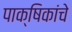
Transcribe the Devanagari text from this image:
पाक्षिकांचे